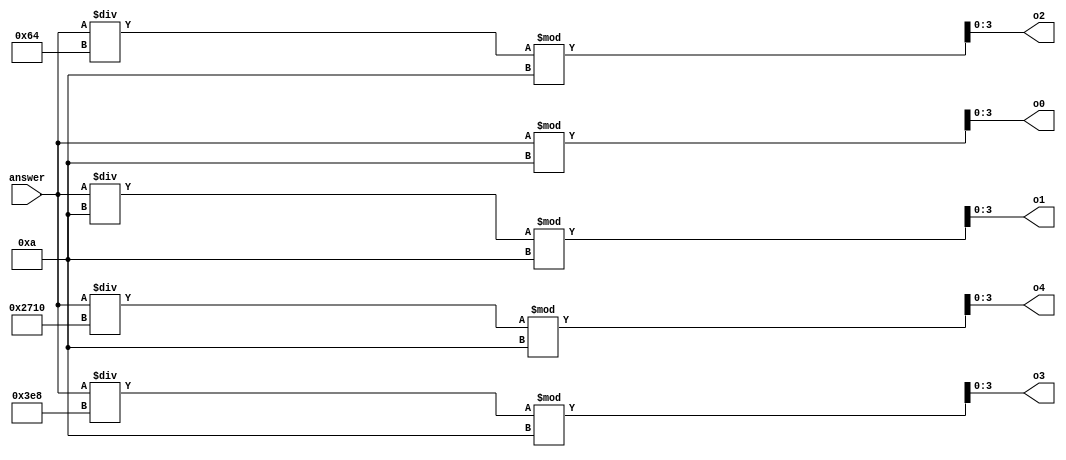
`timescale 1ns / 1ns

module transtodec(

 output reg [3:0] o0,o1,o2,o3,o4,
 input [15:0] answer

);

always @ (*)
 begin
  
   o0 = answer % 10;
   o1 = (answer/10)%10;
   o2 = (answer/100)%10;
   o3 = (answer/1000)%10;
   o4 = (answer/10000)%10; 

 end
 
endmodule